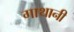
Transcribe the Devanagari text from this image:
गाथानी